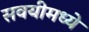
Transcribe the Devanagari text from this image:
सवयीमध्ये